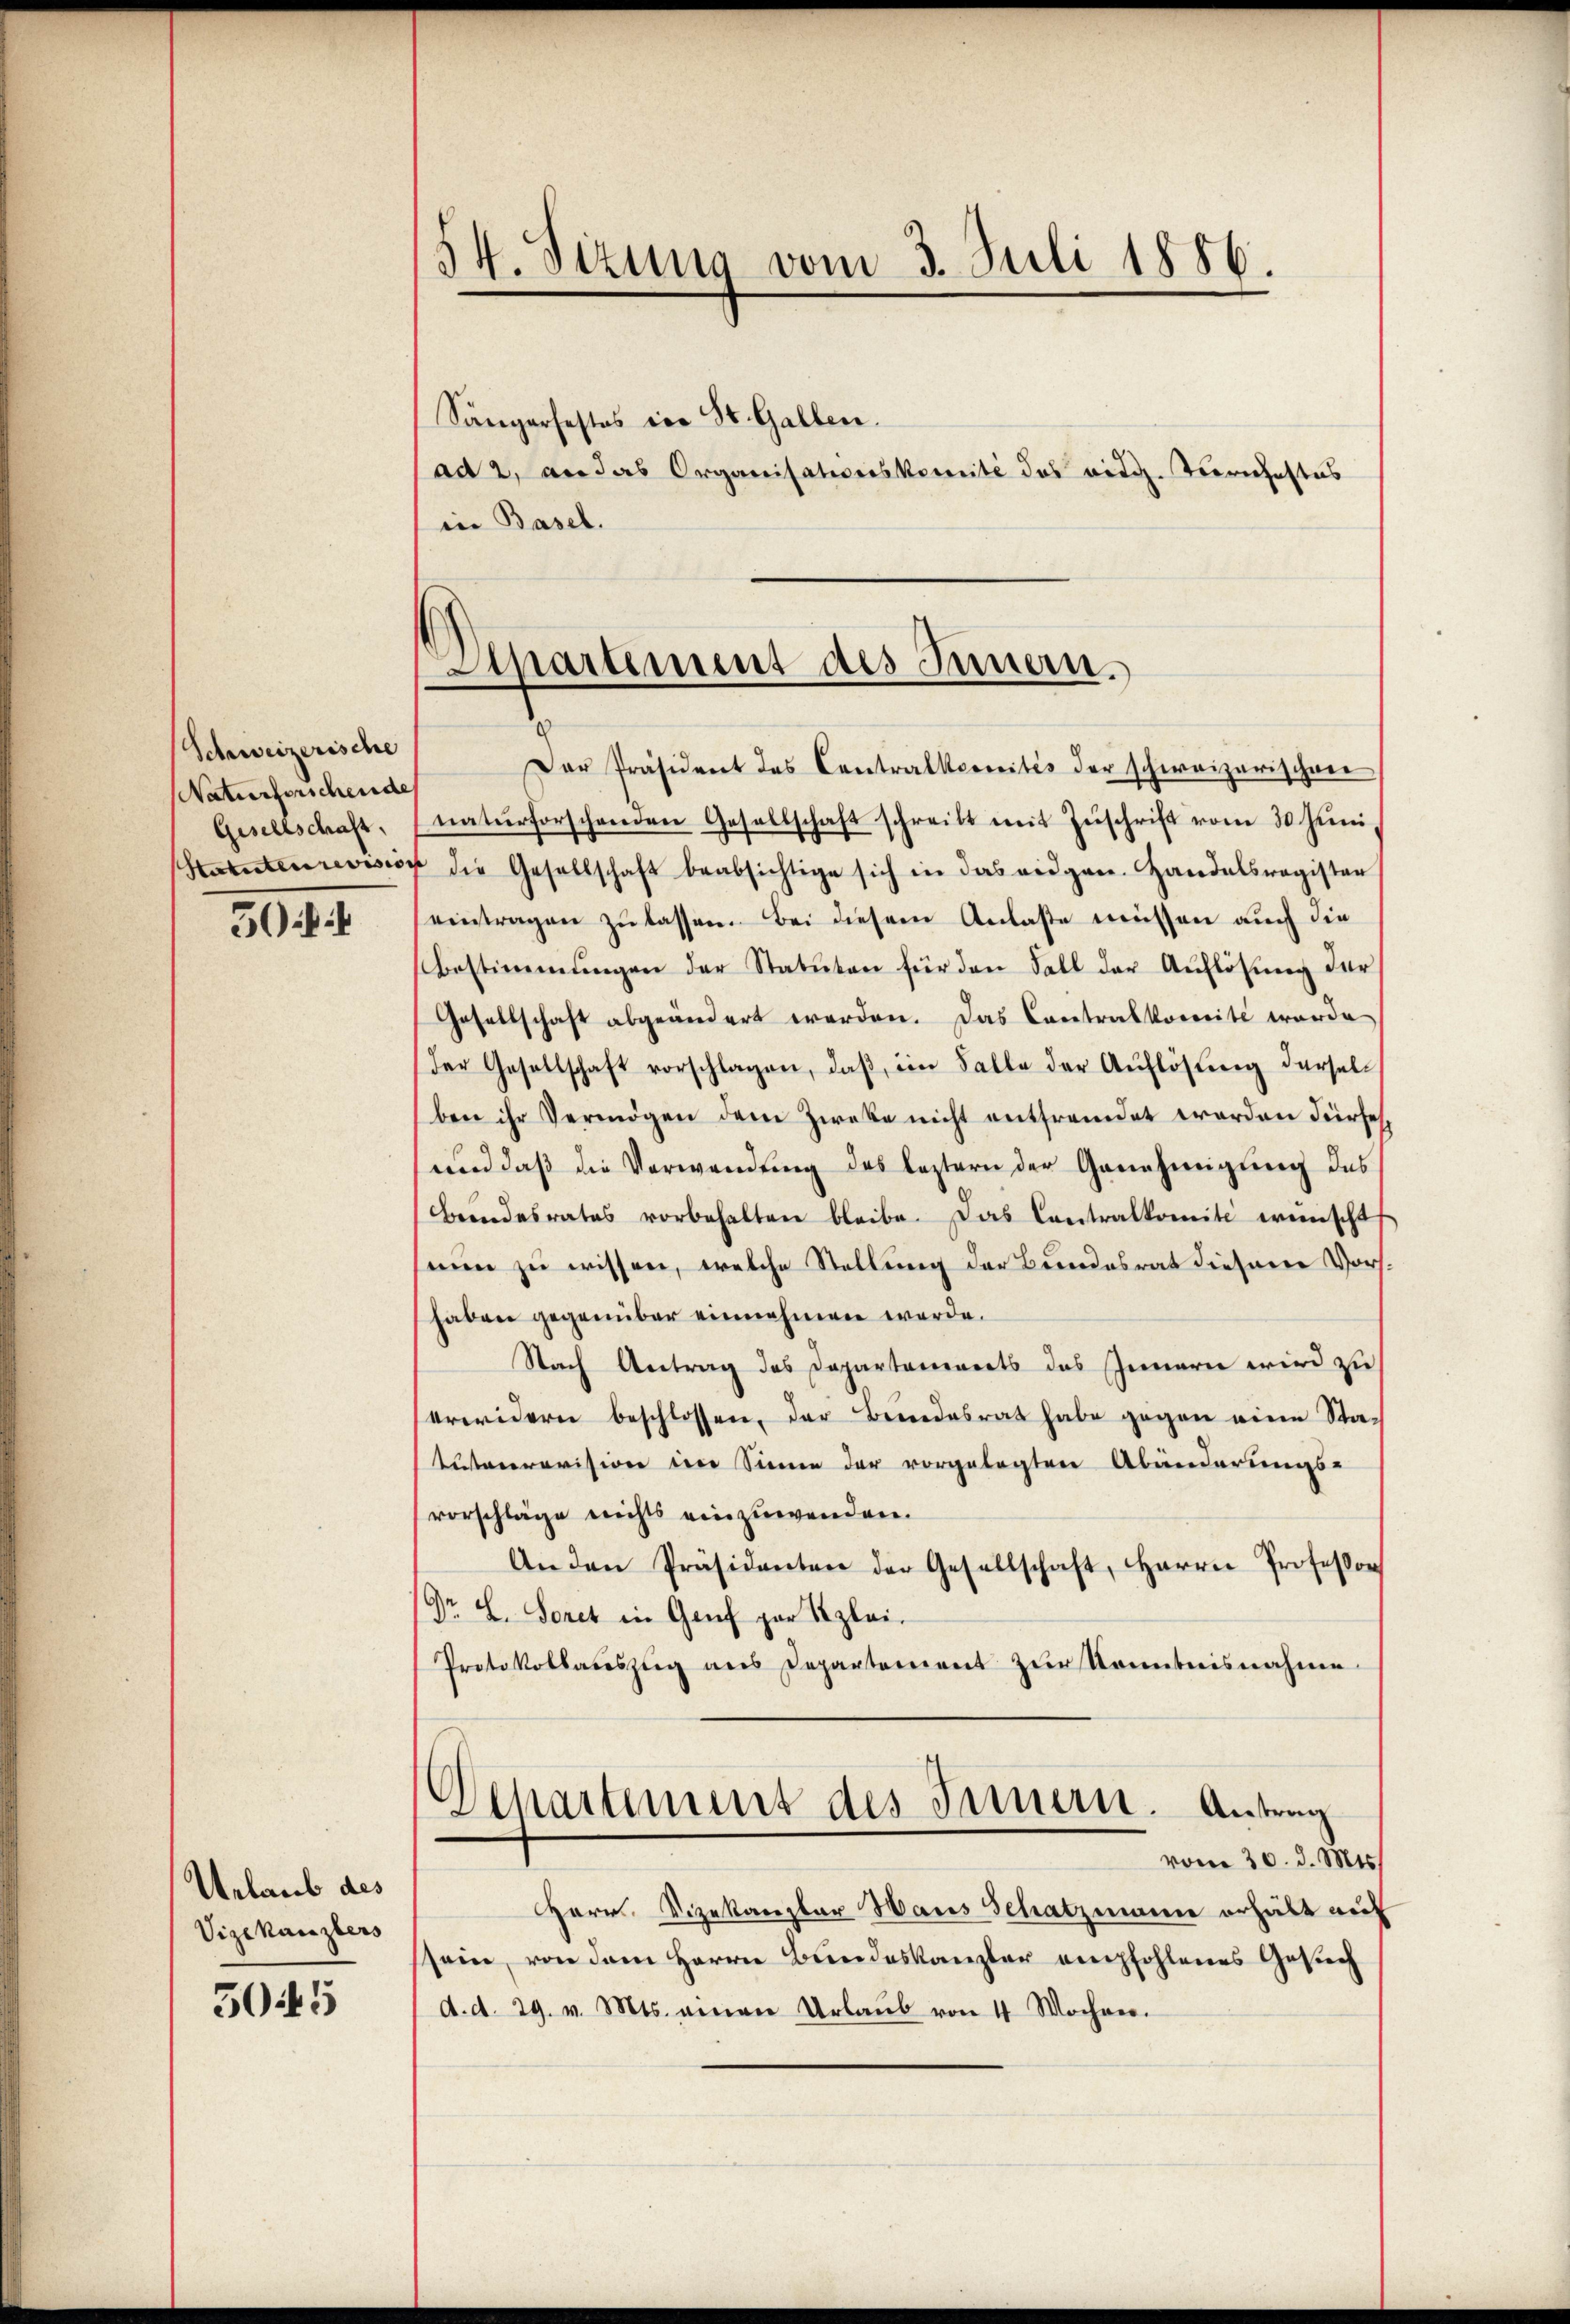
Schweizerische
Naturfouchende
Gesellschaft,

50:1

Urlaub des
Vizekanzlers
5045

54. Sizung vom 3. Juli 1886.
f
Sängerfestes in St. Gallen.
ad 2, an das Organisationskomité des eidg. Tierschaftes
in Basel.

Eepartement des Innern.

Der Präsident des Contralkereites der schweizerischen
naturforschenden Gesellschaft schreibt mit Zŭschrift vom 30. Juni
Hatuteurevision die Gesellschaft beabsichtige sich in das eidgen. Handelsregister
eintragen zu lassen. Bei diesem Anlaße müssen auch die
Bestimmungen der Statuten für den Fall der Auflösung der
Gesellschaft abgeändert werden. Das Contralkomite wurde
der Gesellschaft vorschlagen, daβ im Falle der Auflösung dersel
ben ihr Vermögen dem Zweke nicht entfremdet worden dürfe,
und daβ die Verwendŭng des leztern der Genehmigung des
Beendesrates vorbehalten bleibe. Das Contralkomite wünscht
inn zu wissen, welche Stellung der Bundesrat diesem Vorshaben gegenüber einnehmen werde.
Nach Antrag des Dapartanereits des Innern wird zu
treidern beschlossen, der Brindesrat habe gegen eine Statutarrevision im Sinne der vorgelegten Abänderungs-
vorschläge nichts einzuwenden.
Anden Präsidenten der Gesellschaft, Herrn Professor
Dr. L. Sonet in Genf par Beglei-
Protokollaŭszŭg ans Departement zŭr Kenntnisnahme
Departement des Innern. Antrag
vom 30. d. Mts.
Herr Vizekarbar Haus Schatzmann erhält auf
sein, von dem Herrn Bundeskanzler empfohlenes Gesuch
d. d. 29. v. Mts. einen Urlaub von 4 Wochen.